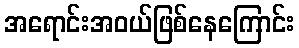
အရောင်းအဝယ်ဖြစ်နေကြောင်း